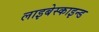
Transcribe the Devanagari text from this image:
लाइबेस्काइन्ड